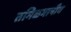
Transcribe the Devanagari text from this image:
तमिळभाषीय